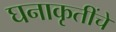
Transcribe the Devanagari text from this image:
घनाकृतींचे